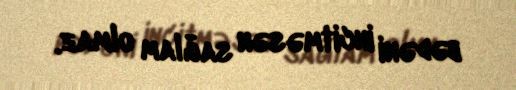
bədəni incitməsən sağlam olmaz.